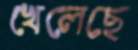
খেলেছে